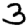
Digit: 3